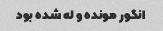
انگور مونده و‌ له شده بود